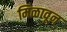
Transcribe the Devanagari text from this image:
मिळावून